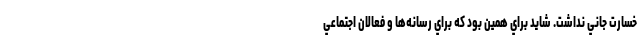
خسارت جاني نداشت. شايد براي همين بود كه براي رسانه‌ها و فعالان اجتماعي